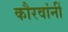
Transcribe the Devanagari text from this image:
कौरवांनीं